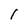
Character: I